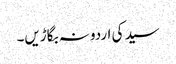
سید کی اردو نہ بگاڑیں۔